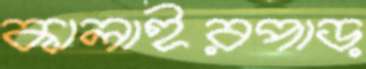
কালাইরপাড়